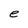
Character: e